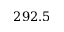
2 9 2 . 5